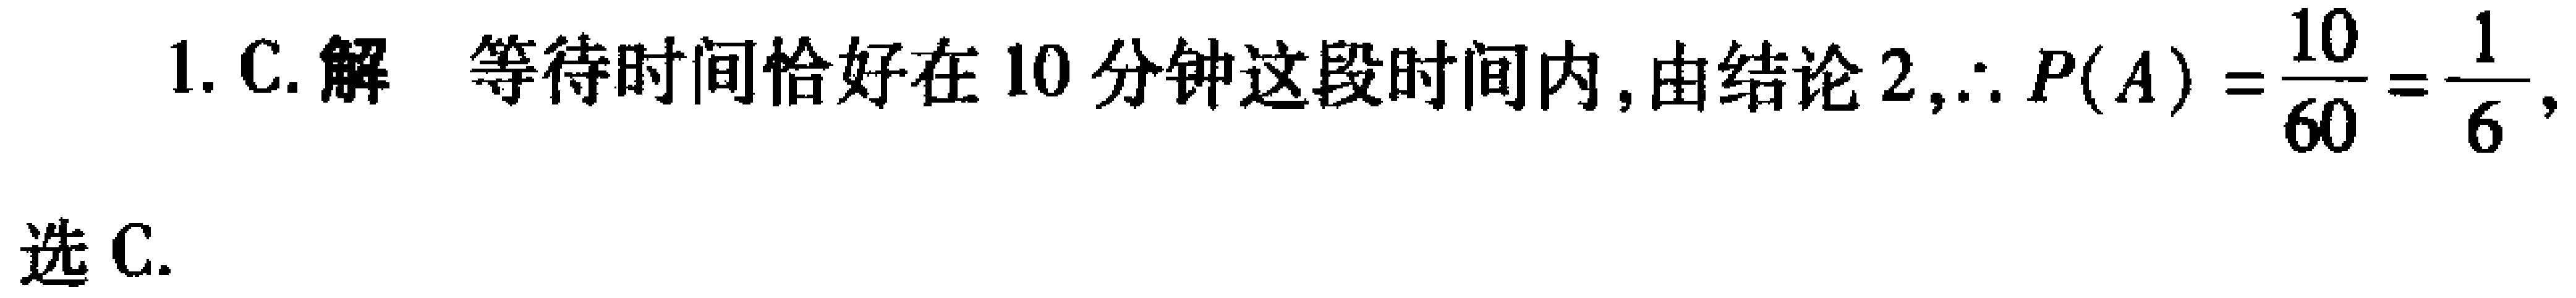
1. C. 解 等待时间恰好在 10 分钟这段时间内, 由结论 2, $\therefore P(A)=\frac{10}{60}=\frac{1}{6}$, 选 C.